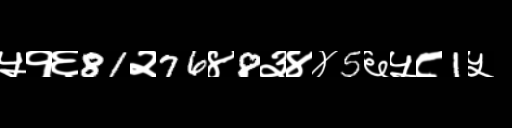
Text: ५१६81२76४8३४४5६५८1५